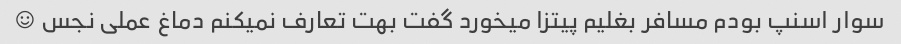
سوار اسنپ بودم مسافر بغلیم پیتزا میخورد گفت بهت تعارف نمیکنم دماغ عملی نجس ☺